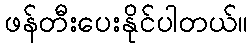
ဖန်တီးပေးနိုင်ပါတယ်။